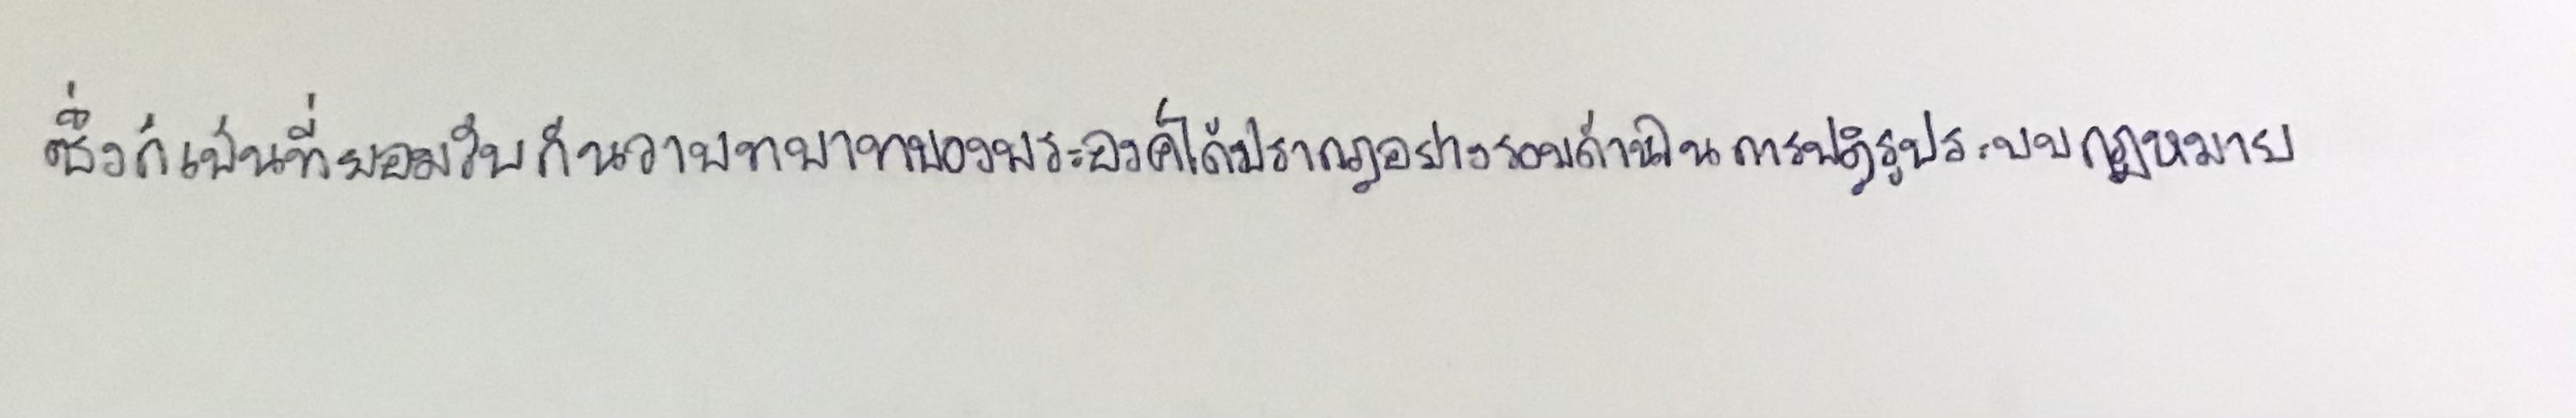
ซึ่งก็เป็นที่ยอมรับกันว่าบทบาทของพระองค์ได้ปรากฏอย่างรอบด้านในการปฏิรูประบบกฎหมาย